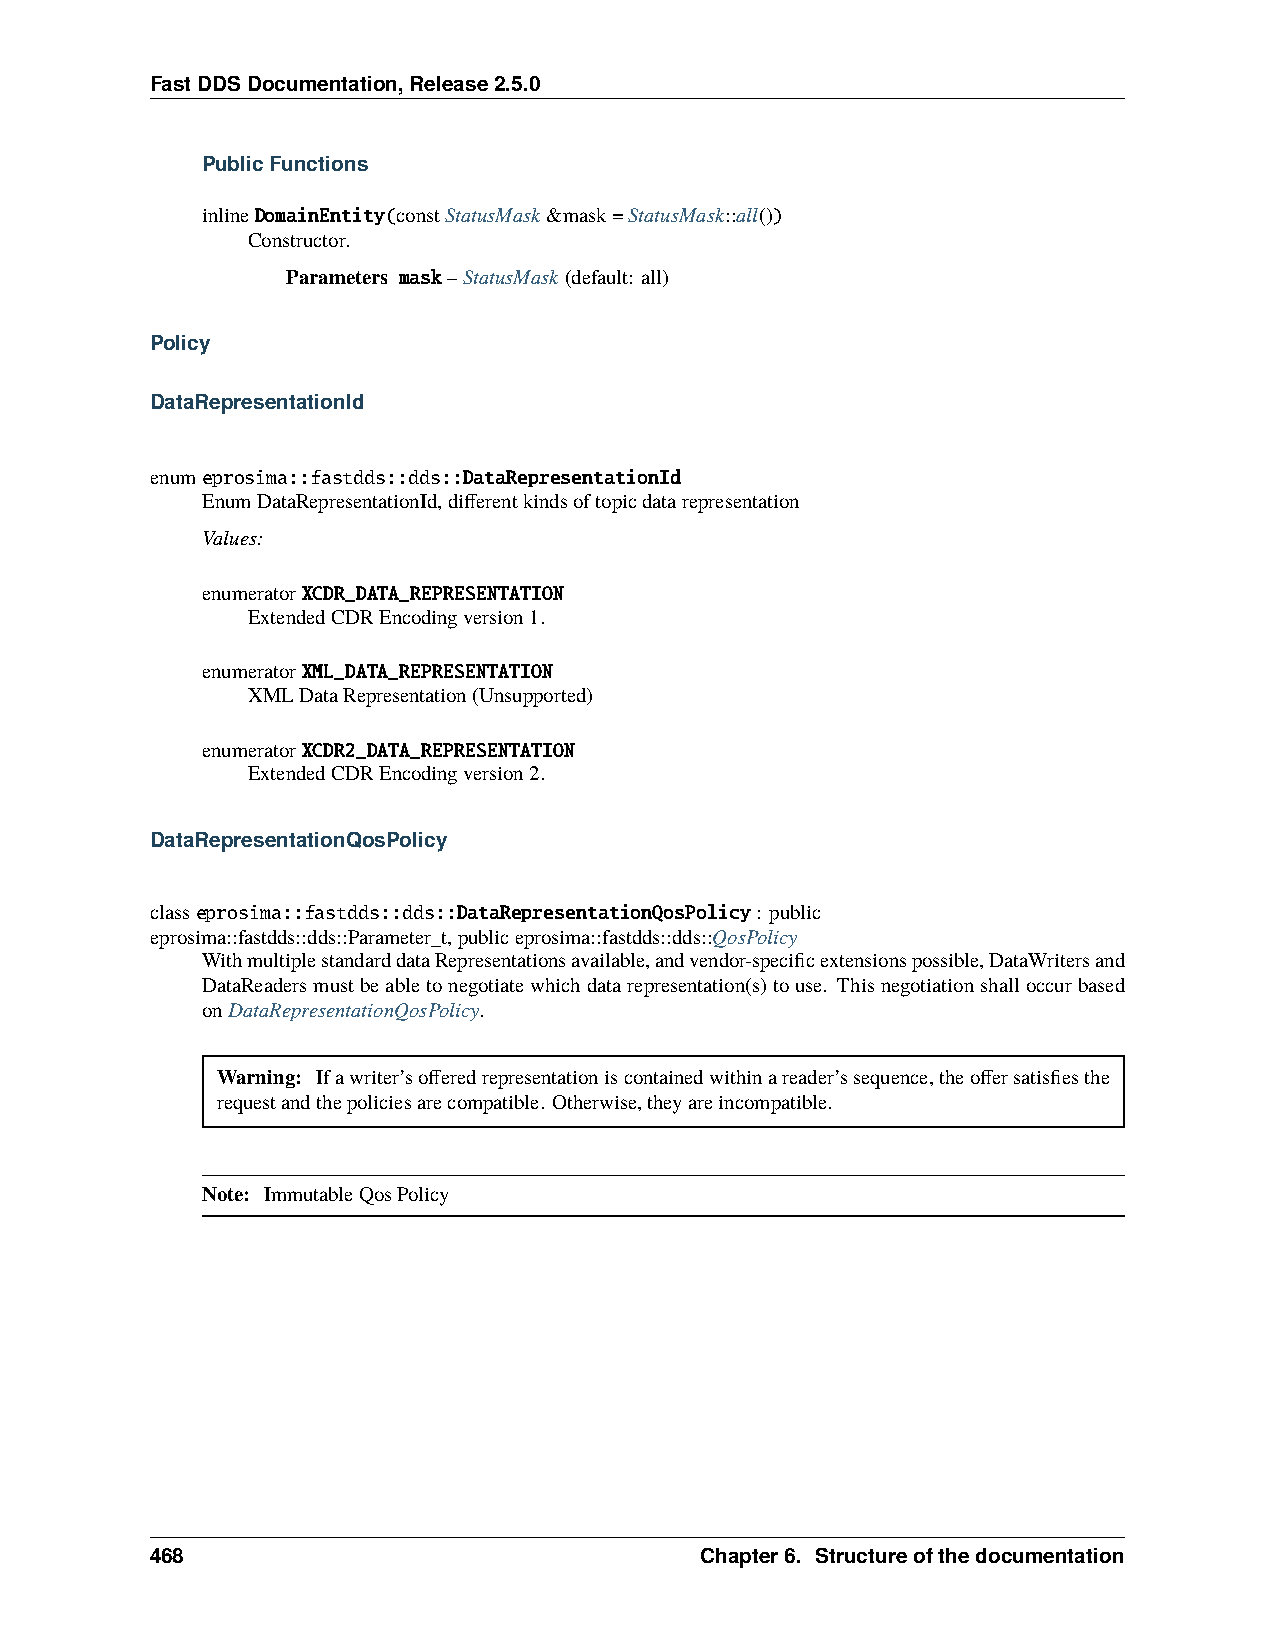
FastDDSDocumentation,Release2.5.0
 PublicFunctions
 inlineDomainEntity(constStatusMask&mask=StatusMask::all())
 Constructor.
 Parameters mask–StatusMask(default: all)
 Policy
 DataRepresentationId
 enumeprosima::fastdds::dds::DataRepresentationId
 EnumDataRepresentationId,differentkindsoftopicdatarepresentation
 Values:
 enumeratorXCDR_DATA_REPRESENTATION
 ExtendedCDREncodingversion1.
 enumeratorXML_DATA_REPRESENTATION
 XMLDataRepresentation(Unsupported)
 enumeratorXCDR2_DATA_REPRESENTATION
 ExtendedCDREncodingversion2.
 DataRepresentationQosPolicy
 classeprosima::fastdds::dds::DataRepresentationQosPolicy: public
 eprosima::fastdds::dds::Parameter_t,publiceprosima::fastdds::dds::QosPolicy
 WithmultiplestandarddataRepresentationsavailable,andvendor-specificextensionspossible,DataWritersand
 DataReadersmustbeabletonegotiatewhichdatarepresentation(s)touse. Thisnegotiationshalloccurbased
 onDataRepresentationQosPolicy.
 Warning: Ifawriter’sofferedrepresentationiscontainedwithinareader’ssequence,theoffersatisfiesthe
 requestandthepoliciesarecompatible. Otherwise,theyareincompatible.
 Note: ImmutableQosPolicy
 468                                 Chapter6. Structureofthedocumentation